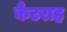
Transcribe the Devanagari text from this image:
कैटराह